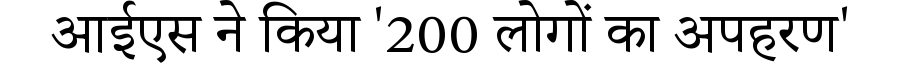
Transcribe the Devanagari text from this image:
आईएस ने किया '200 लोगों का अपहरण'